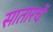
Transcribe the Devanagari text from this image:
सातारचें